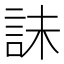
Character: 𰴫